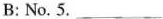
B: No. 5.___